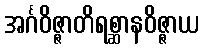
အင်္ဂဝိဇ္ဇာတိရစ္ဆာနဝိဇ္ဇာယ